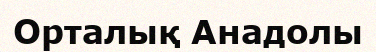
Орталық Анадолы